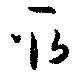
取